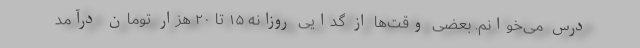
درس می‌خوانم. بعضی وقت‌ها از گدایی روزانه ۱۵ تا ۲۰ هزار تومان درآمد